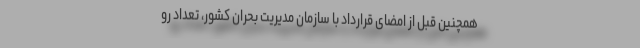
همچنین قبل از امضای قرارداد با سازمان مدیریت بحران کشور، تعداد رو